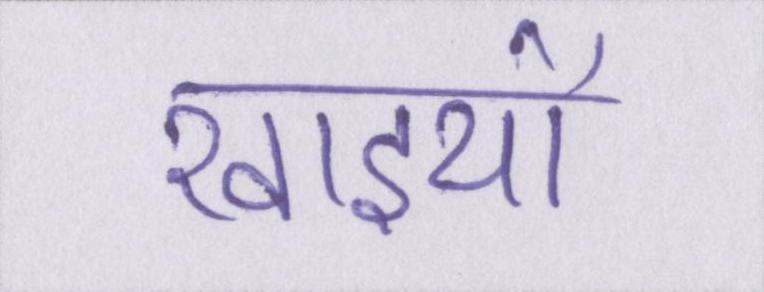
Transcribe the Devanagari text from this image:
खाइयों